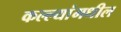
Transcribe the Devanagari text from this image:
कल्ल्यांमधील